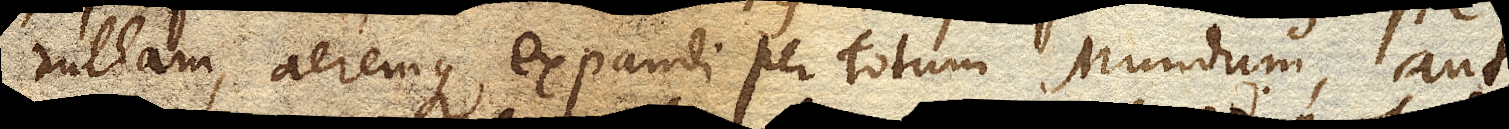
nullam, aeremque expandi per totum Mundum, aut